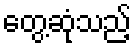
တွေ့ဆုံသည့်